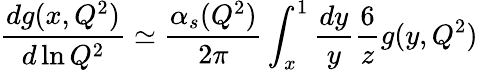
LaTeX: \frac{dg(x,Q^{2})}{d\ln Q^{2}}\simeq\frac{\alpha_{s}(Q^{2})}{2\pi}\int_{x}^{1}\frac{dy}{y}\frac{6}{z}g(y,Q^{2})